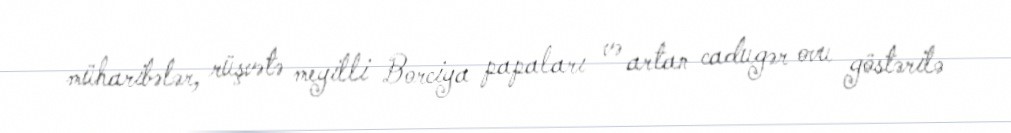
müharibələr, rüşvətə meyilli Borciya papaları və artan cadugər ovu göstərilə